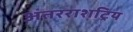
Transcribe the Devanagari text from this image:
अंतरराशट्रिय